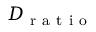
D _ { \mathrm { ~ r ~ a ~ t ~ i ~ o ~ } }